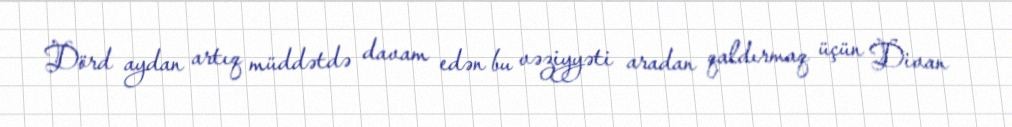
Dörd aydan artıq müddətdə davam edən bu vəziyyəti aradan qaldırmaq üçün Divan